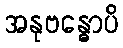
အနုဗန္ဓောပိ